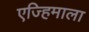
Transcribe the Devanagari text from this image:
एज्हिमाला